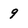
Character: 9